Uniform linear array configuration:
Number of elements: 8
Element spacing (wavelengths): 0.75
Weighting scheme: hamming
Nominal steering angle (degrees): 45
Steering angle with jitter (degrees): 44.538
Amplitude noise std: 0.05
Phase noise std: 0.05

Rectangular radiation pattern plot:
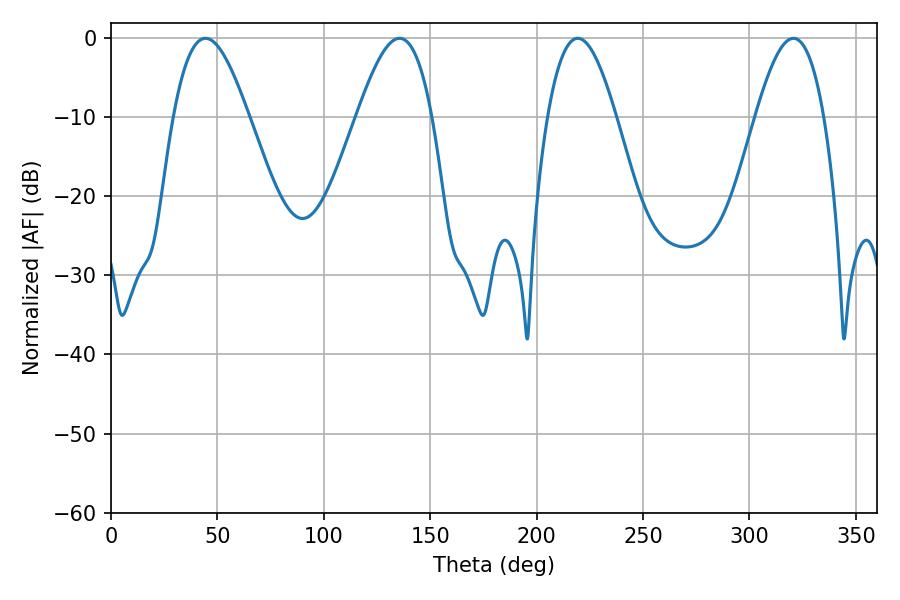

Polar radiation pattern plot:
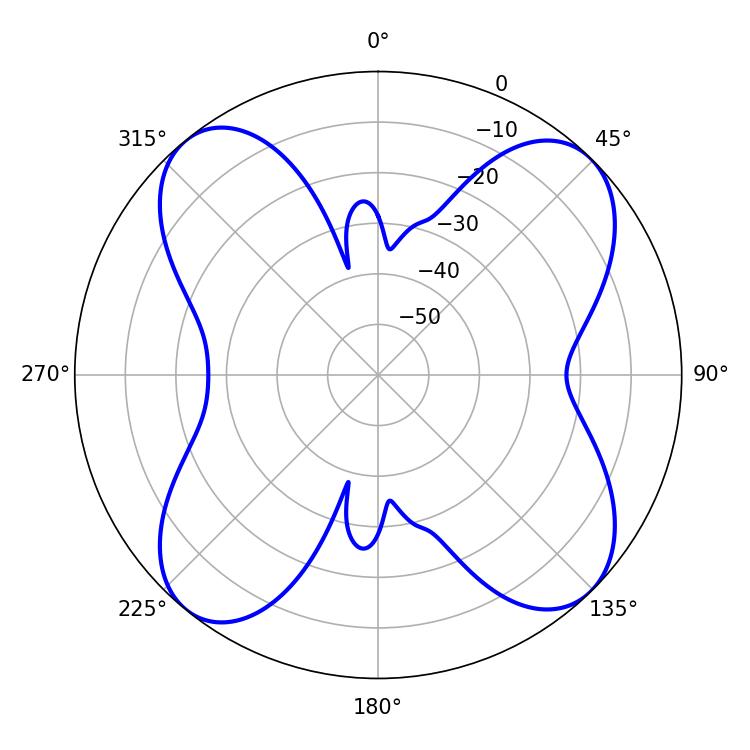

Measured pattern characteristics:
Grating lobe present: TRUE
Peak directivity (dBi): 13.343
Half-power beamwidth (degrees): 19.08
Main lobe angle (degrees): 44.46